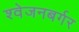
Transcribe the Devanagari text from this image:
श्‍वेजनबर्गर